Report of an investigation into the causes of the diseases known in Assam as Kála-Azár and Beri-Beri
Disease focus: Beri-Beri
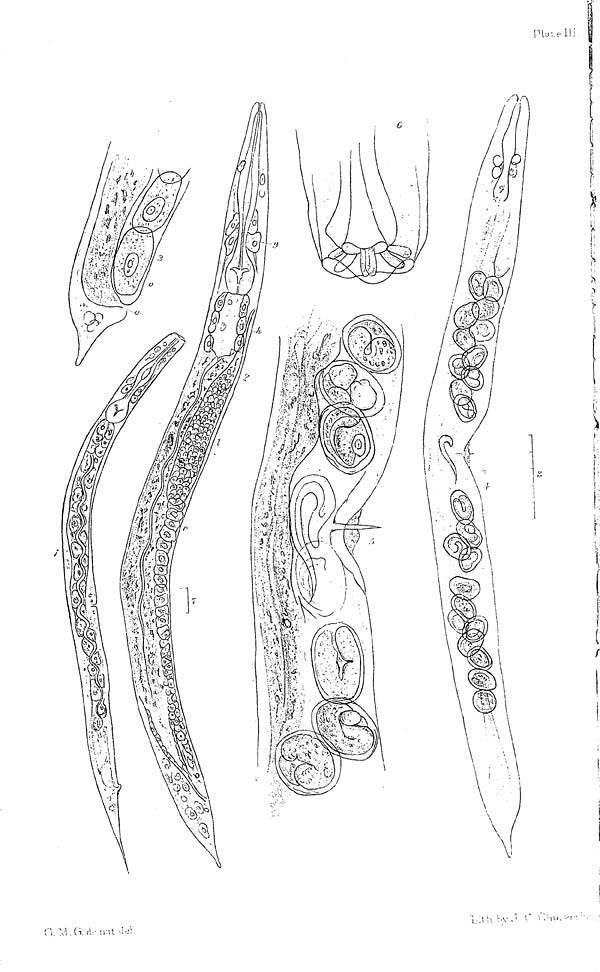
Piaseli!
1 ,(', V.y.i I' Olii. '«·
Γ, Vi (i r! -nit >:^.